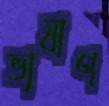
ভাষাণ